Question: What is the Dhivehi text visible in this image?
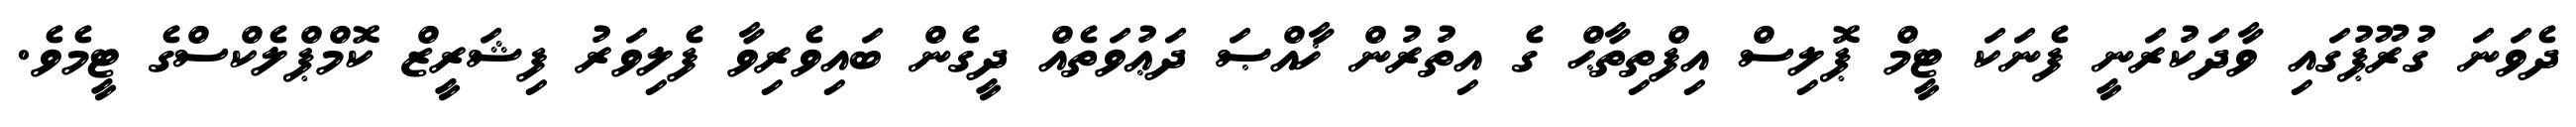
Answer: ދެވަނަ ގުރޫޕުގައި ވާދަކުރަނީ ފެނަކަ ޓީމް ޕޮލިސް އިފްތިތާޙް ގެ އިތުރުން ޚާއްޞަ ދަޢުވަތެއް ދީގެން ބައިވެރިވާ ފެލިވަރު ފިޝަރީޒް ކޮމްޕްލެކްސްގެ ޓީމެވެ.